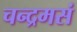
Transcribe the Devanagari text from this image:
चन्द्रमसं